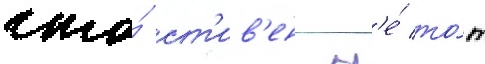
что́ ст'ив'ен н'е́ то́т